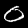
Label: 0